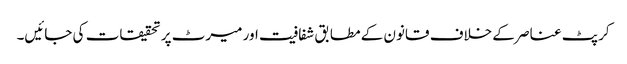
کرپٹ عناصر کے خلاف قانون کے مطابق شفافیت اور میرٹ پر تحقیقات کی جائیں۔